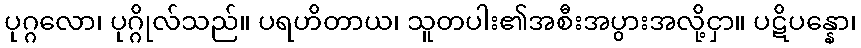
ပုဂ္ဂလော၊ ပုဂ္ဂိုလ်သည်။ ပရဟိတာယ၊ သူတပါး၏အစီးအပွားအလို့ငှာ။ ပဋိပန္နော၊